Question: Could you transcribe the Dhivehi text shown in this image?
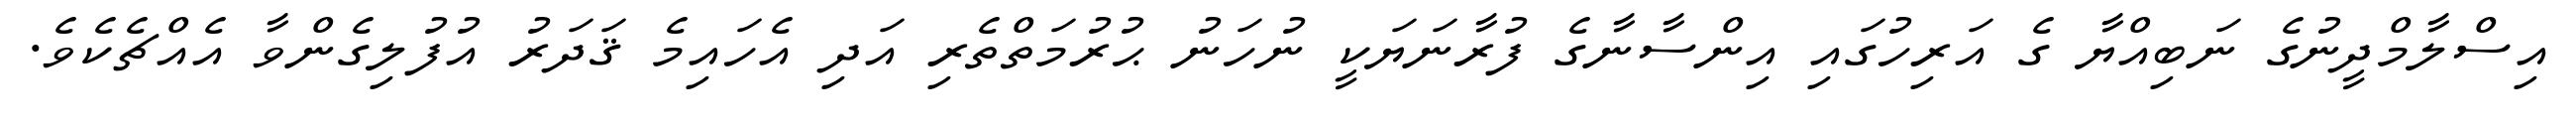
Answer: އިސްލާމްދީނުގެ ނަބިއްޔާ ގެ އަރިހުގައި އިންސާނާގެ ފުރާނަޔަކީ ނުހަނު ޙުރުމަތްތެރި އަދި އެހައިމެ ޤަދަރު އުފުލިގެންވާ އެއްޗެކެވެ.